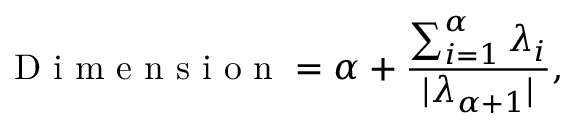
\mathrm { ~ D ~ i ~ m ~ e ~ n ~ s ~ i ~ o ~ n ~ } = \alpha + \frac { \sum _ { i = 1 } ^ { \alpha } \lambda _ { i } } { | \lambda _ { \alpha + 1 } | } ,